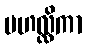
မဟလ္လိကာ